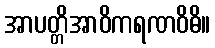
အာပတ္တိအာဝိကရဏဝိဓိ။